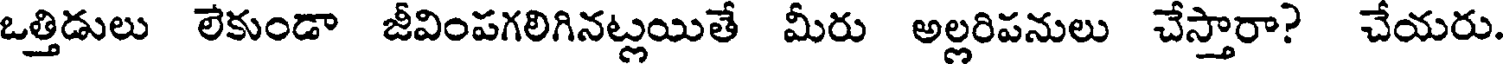
ఒత్తిడులు లేకుండా జీవింపగలిగినట్లయితే మీరు అల్లరిపనులు చేస్తారా? చేయరు.